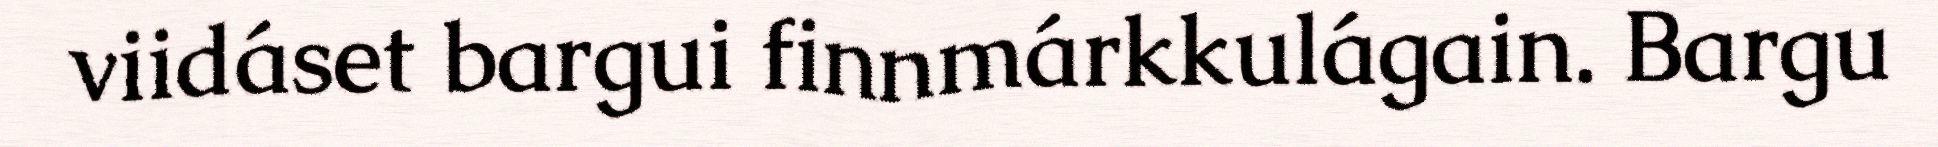
viidáset bargui finnmárkkulágain. Bargu